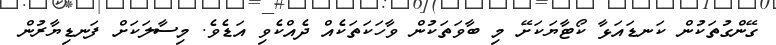
ގޭންގުތަކުން ކަނޑައަޅާ ކޯޓާޔަކަށޭ މި ބާވަތަކުން ވާހަކަތަކެއް ދެއްކެވި އަޑެވެ. މިސާލަކަށް ފަނޑިޔާރުން